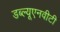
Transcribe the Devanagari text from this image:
डब्ल्यूएनवीटी